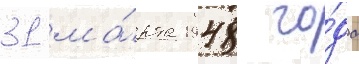
31 ма́рта 1948 го́да